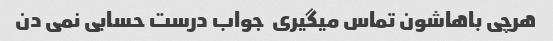
هرچی باهاشون تماس میگیری  جواب درست حسابی نمی دن